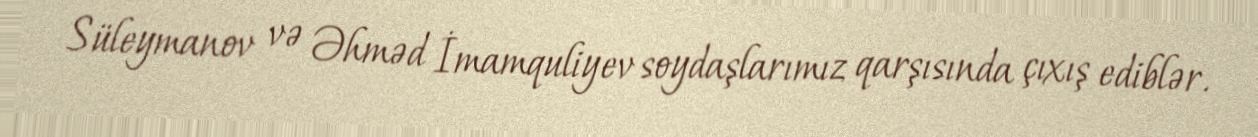
Süleymanov və Əhməd İmamquliyev soydaşlarımız qarşısında çıxış ediblər.